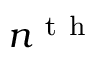
n ^ { \mathrm { ~ t ~ h ~ } }